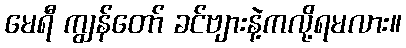
မေရီ ကျွန်တော် ခင်ဗျားနဲ့ကလို့ရမလား။